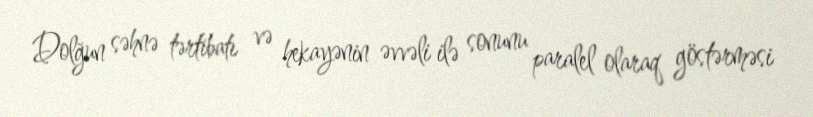
Dolğun səhnə tərtibatı və hekayənin əvvəli ilə sonunu paralel olaraq göstərməsi